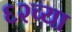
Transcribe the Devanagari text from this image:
६२च्या